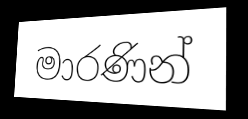
මාරණින්